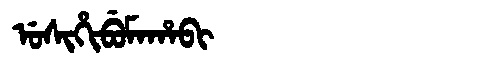
Manchu: ᡠᠰᡳᡥᡳᠪᡠᠮᠠᡥᠠᠪᡳ
Romanization: USIHIBUMAHABI